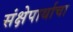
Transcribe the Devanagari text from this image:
संक्षेपार्थाचा